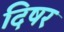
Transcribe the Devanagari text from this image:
दिषर